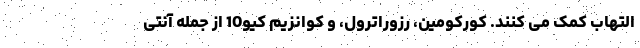
التهاب کمک می کنند. کورکومین، رزوراترول، و کوانزیم کیو10 از جمله آنتی